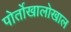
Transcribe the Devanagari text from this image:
पोर्तोखालोखाल